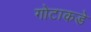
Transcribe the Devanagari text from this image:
गोटाकडे